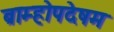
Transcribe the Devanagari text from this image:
ब्राम्होपदेषम